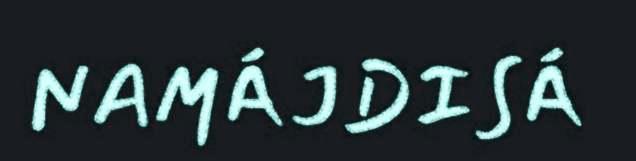
NAMÁJDISÁ